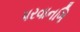
પરવાનગિ